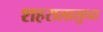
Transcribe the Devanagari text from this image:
शहरालासुध्दा